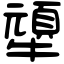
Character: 㹕